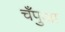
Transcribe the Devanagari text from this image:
चँपुआ